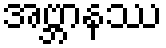
အဗ္ဘာနဿ